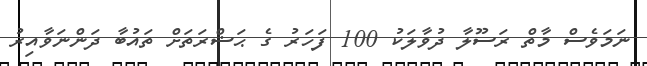
ނަމަވެސް މާތް ރަސޫލާ ދުވާލަކު 100 ފަހަރު ގެ ޙަޟްރަތަށް ތައުބާ ދަންނަވާއިރު